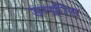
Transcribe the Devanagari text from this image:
डम्फ्रीस